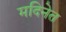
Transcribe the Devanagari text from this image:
मदिनेत